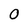
Character: O